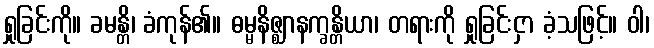
ရှုခြင်းကို။ ခမန္တိ၊ ခံကုန်၏။ ဓမ္မနိဇ္ဈာနက္ခန္တိယာ၊ တရားကို ရှုခြင်းငှာ ခံ့သဖြင့်။ ဝါ၊